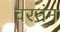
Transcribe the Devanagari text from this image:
वरतंन